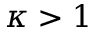
\kappa > 1